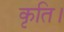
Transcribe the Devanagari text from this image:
कृति।